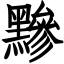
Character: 黲